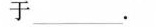
于 ___ .